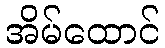
အိမ်ထောင်